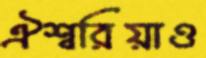
ঐশ্বরিয়াও